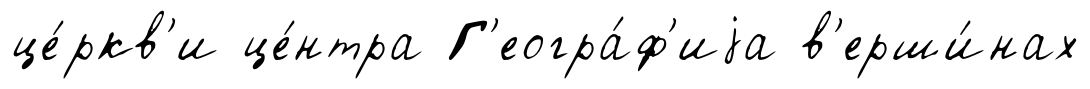
це́ркв'и це́нтра Г'еогра́ф'иjа в'ерши́нах